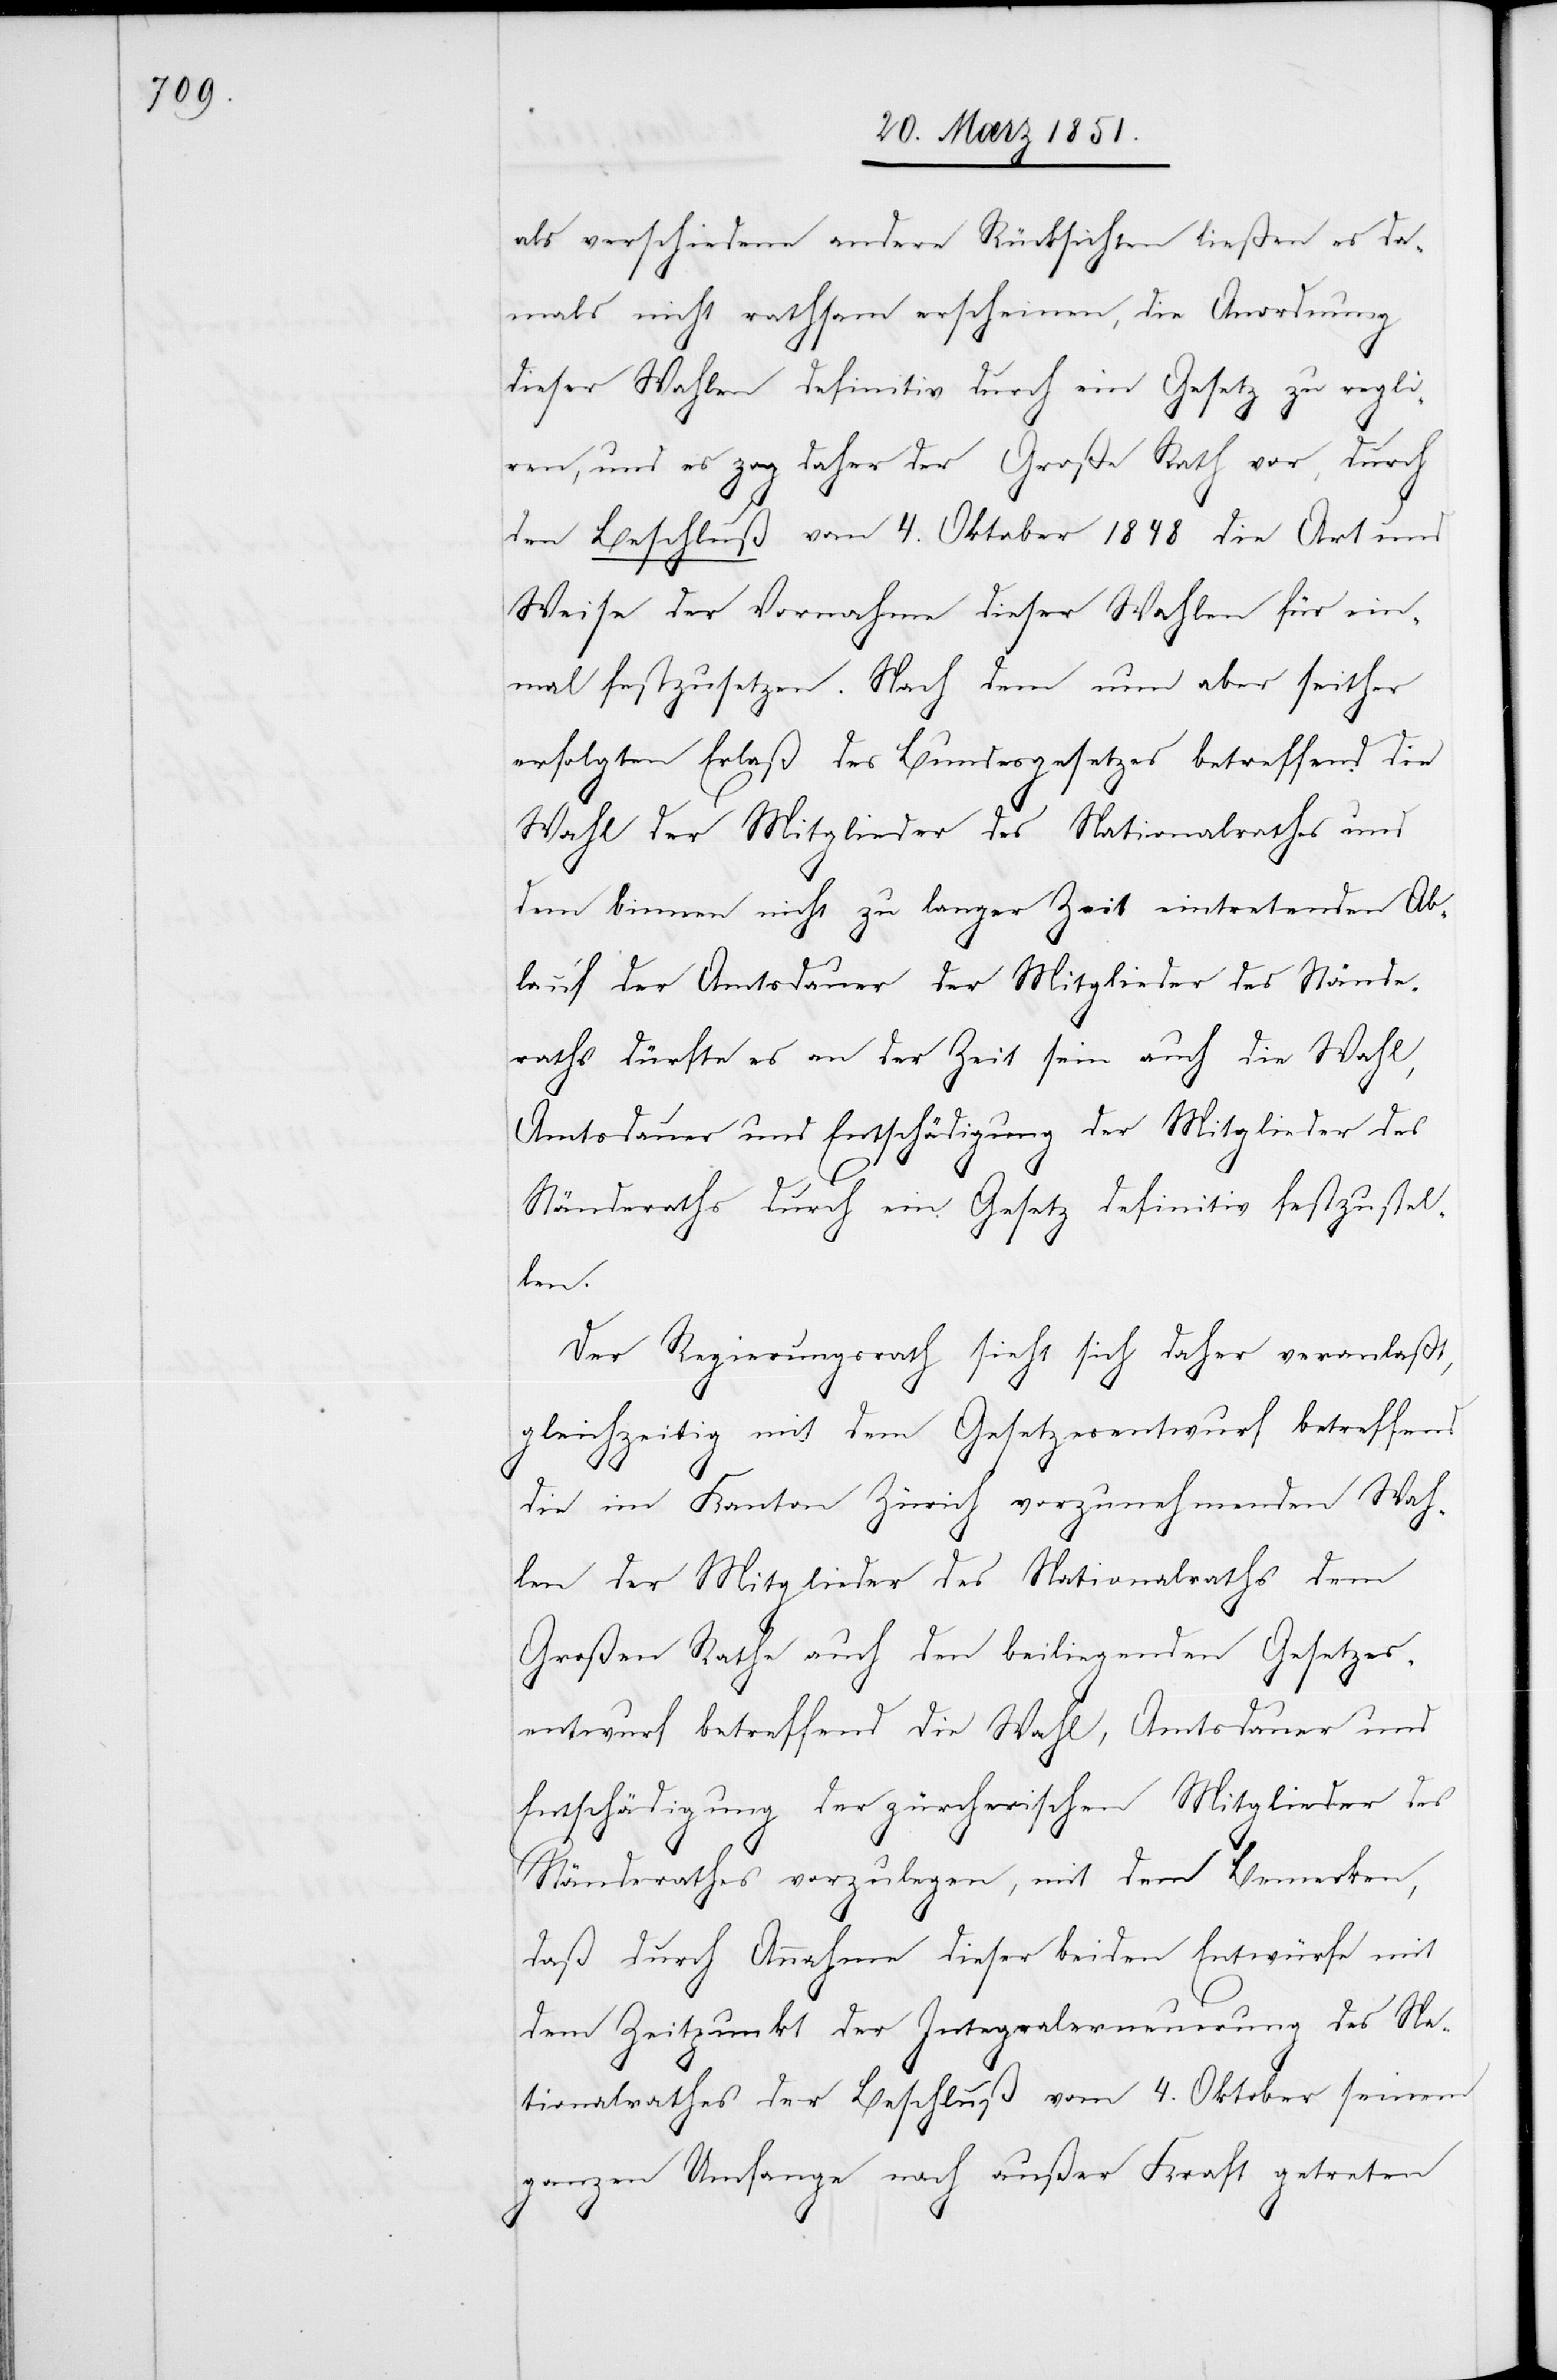
als verschiedene andere Rücksichten ließen es da¬
mals nicht rathsam erscheinen, die Anordnung
dieser Wahlen definitiv durch ein Gesetz zu regli¬
ren, und es zog daher der Große Rath vor, durch
den Beschluß vom 4. Oktober 1848 die Art und
Weise der Vornahme dieser Wahlen für ein¬
mal festzusetzen. Nach dem nun aber seither
erfolgten Erlaß des Bundesgesetzes betreffend die
Wahl der Mitglieder des Nationalrathes und
dem binnen nicht zu langer Zeit eintretenden Ab¬
lauf der Amtsdauer der Mitglieder des Stände¬
raths dürfte es an der Zeit sein auch die Wahl,
Amtsdauer und Entschädigung der Mitglieder des
Ständeraths durch ein Gesetz definitiv festzustel¬
len.
Der Regierungsrath sieht sich daher veranlaßt,
gleichzeitig mit dem Gesetzesentwurf betreffend
die im Kanton Zürich vorzunehmenden Wah¬
len der Mitglieder des Nationalraths dem
Großen Rathe auch den beiliegenden Gesetzes¬
entwurf betreffend die Wahl, Amtsdauer und
Entschädigung der zürcherischen Mitglieder des
Ständerathes vorzulegen, mit dem Bemerken,
daß durch Annahme dieser beiden Entwürfe mit
dem Zeitpunkt der Integralerneuerung des Na¬
tionalrathes der Beschluß vom 4. Oktober seinem
ganzen Umfange nach außer Kraft getreten